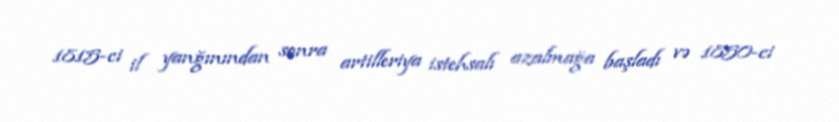
1815-ci il yanğınından sonra artilleriya istehsalı azalmağa başladı və 1850-ci